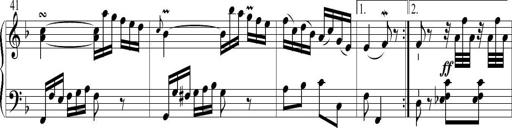
Title: 6 Leichte Sonatinen, Teil 1
Composer: F. Sigismund Sander